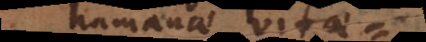
humanae vitae